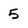
Character: 5